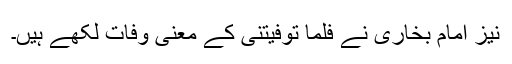
نیز امام بخاری نے فلمّا توفیتنی کے معنی وفات لکھے ہیں۔